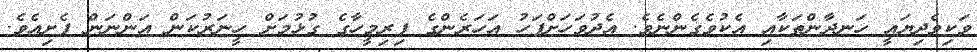
ވަކިވެދިޔައީ ހަނދާންތަކާއި އެކުވެގެންނެވެ. އެދުވަހަށްފަހު އަހަރެންގެ ފިރިމީހާގެ ގުޅުމަށް ހީނަރުކަން އަންނަން ފެށިއެވެ.